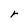
Character: r